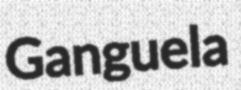
Ganguela